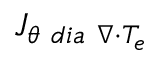
{ J } _ { \theta \ d i a \ \nabla \cdot T _ { e } }